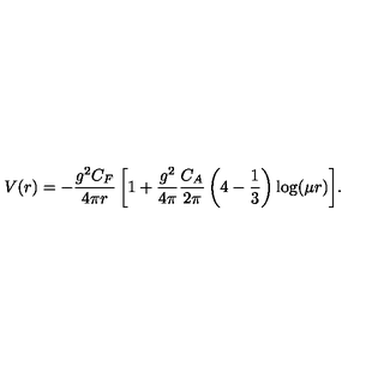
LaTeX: { V ( r ) = - \frac { g ^ { 2 } C _ { F } } { 4 \pi r } \left[ 1 + \frac { g ^ { 2 } } { 4 \pi } \frac { C _ { A } } { 2 \pi } \left( { 4 } - \frac 1 3 \right) \log ( \mu r ) \right] } .